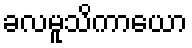
ခလမူသိကာယော